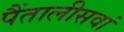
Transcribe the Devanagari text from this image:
पैंतालीसवां